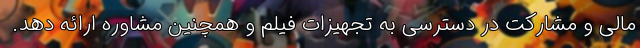
مالی و مشارکت در دسترسی به تجهیزات فیلم و همچنین مشاوره ارائه دهد.